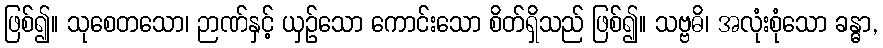
ဖြစ်၍။ သုစေတသော၊ ဉာဏ်နှင့် ယှဉ်သော ကောင်းသော စိတ်ရှိသည် ဖြစ်၍။ သဗ္ဗဓိ၊ အလုံးစုံသော ခန္ဓာ,